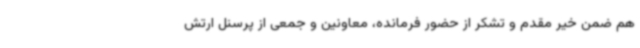
هم ضمن خیر مقدم و تشکر از حضور فرمانده، معاونین و جمعی از پرسنل ارتش